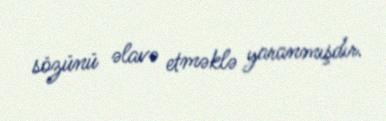
sözünü əlavə etməklə yaranmışdır.